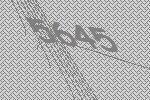
5645